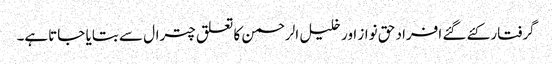
گرفتار کئے گئے افراد حق نواز اور خلیل الرحمن کا تعلق چترال سے بتایا جاتاہے۔